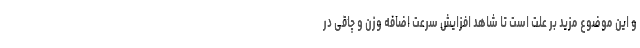
و این موضوع مزید بر علت است تا شاهد افزایش سرعت اضافه وزن و چاقی در